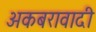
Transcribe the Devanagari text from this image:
अकबरावादी